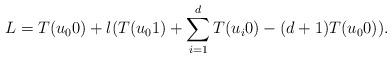
LaTeX: \begin{align*} L=T(u_00)+\l(T(u_01)+\sum_{i=1}^dT(u_i0)-(d+1)T(u_00)).\end{align*}